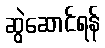
ဆွဲဆောင်ရန်